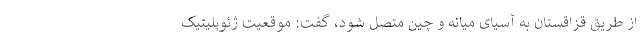
از طریق قزاقستان به آسیای میانه و چین متصل شود، گفت: موقعیت ژئوپلیتیک